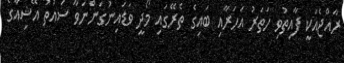
ރާއްޖެއަކީ ފާއިތުވި ހަތަރު އަހަރާއި ބައިގެ ތެރޭގައި މޯދީ ވަޑައިނުގަންނަވާ ސައުތު އޭޝިއާގެ